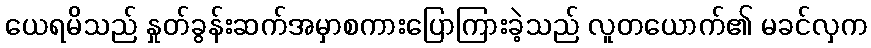
ယေရမိသည် နှုတ်ခွန်းဆက်အမှာစကားပြောကြားခဲ့သည် လူတယောက်၏ မခင်လှက